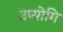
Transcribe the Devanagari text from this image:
उप्योगि